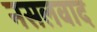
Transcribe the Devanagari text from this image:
नसलवाद